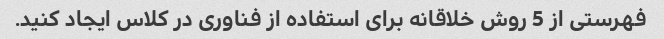
فهرستی از 5 روش خلاقانه برای استفاده از فناوری در کلاس ایجاد کنید.